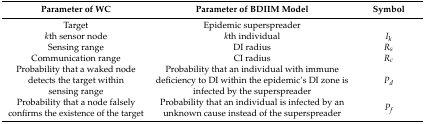
| Parameter of WC | Parameter of BDIIM Model | Symbol |
 | --- | --- | --- |
 | Target | Epidemic superspreader |  |
 | kth sensor node | kth individual | Ik |
 | Sensing range | DI radius | Rs |
 | Communication range | CI radius | Rc |
 | Probability that a waked node detects the target within sensing range | Probability that an individual with immune deficiency to DI within the epidemic’s DI zone is infected by the superspreader | Pd |
 | Probability that a node falsely confirms the existence of the target | Probability that an individual is infected by an unknown cause instead of the superspreader | Pf |